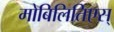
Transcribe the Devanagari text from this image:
मोबिलितिएस्